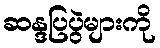
ဆန္ဒပြပွဲများကို